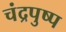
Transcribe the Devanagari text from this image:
चंद्रपुष्प